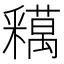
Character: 𨤞